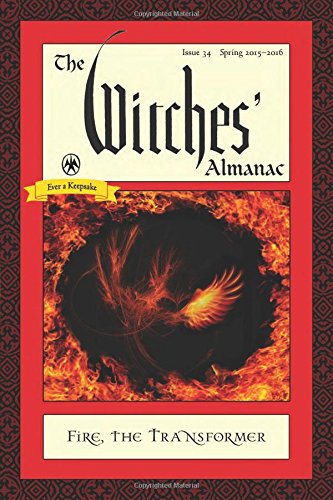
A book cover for The Witches' Almanac, Issue 34, Spring 2015-Spring 2016: Fire: The Transformer; Reference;